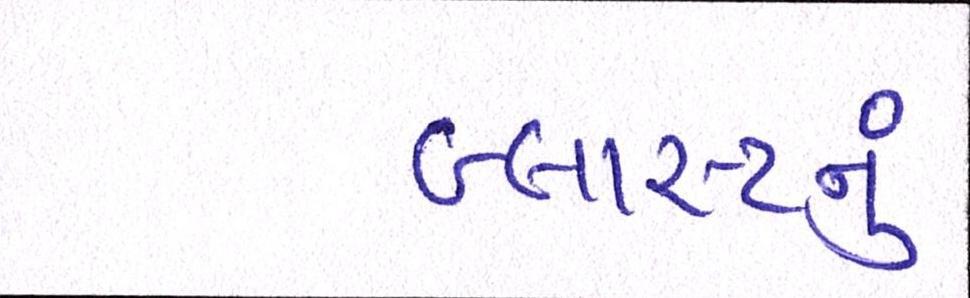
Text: બ્લાસ્ટનું